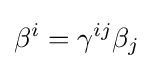
\beta ^{i}=\gamma ^{ij}\beta _{j}